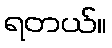
ရတယ်။